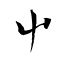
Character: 屮